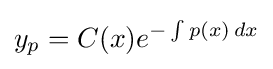
y_{p}=C(x)e^{-\int p(x)\,dx}